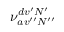
\nu _ { a v ^ { \prime \prime } N ^ { \prime \prime } } ^ { d v ^ { \prime } N ^ { \prime } }